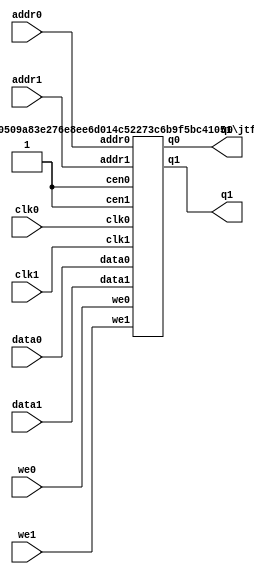
/*  This file is part of JTFRAME.
    JTFRAME program is free software: you can redistribute it and/or modify
    it under the terms of the GNU General Public License as published by
    the Free Software Foundation, either version 3 of the License, or
    (at your option) any later version.

    JTFRAME program is distributed in the hope that it will be useful,
    but WITHOUT ANY WARRANTY; without even the implied warranty of
    MERCHANTABILITY or FITNESS FOR A PARTICULAR PURPOSE.  See the
    GNU General Public License for more details.

    You should have received a copy of the GNU General Public License
    along with JTFRAME.  If not, see <http://www.gnu.org/licenses/>.

    Author: Jose Tejada Gomez. Twitter: @topapate
    Version: 1.0
    Date: 27-10-2017 */

// Generic dual port RAM with clock enable
// parameters:
//      DW      => Data bit width, 8 for byte-based memories
//      AW      => Address bit width, 10 for 1kB
//      SIMFILE => binary file to load during simulation
//      SIMHEXFILE => hexadecimal file to load during simulation
//      SYNFILE => hexadecimal file to load for synthesis

/* verilator lint_off MULTIDRIVEN */

module jtframe_dual_ram #(parameter DW=8, AW=10,
    SIMFILE="", SIMHEXFILE="",
    SYNFILE="",
    ASCII_BIN=0,  // set to 1 to read the ASCII file as binary
    DUMPFILE="dump.hex"
)(
    // Port 0
    input   clk0,
    input   [DW-1:0] data0,
    input   [AW-1:0] addr0,
    input   we0,
    output  [DW-1:0] q0,
    // Port 1
    input   clk1,
    input   [DW-1:0] data1,
    input   [AW-1:0] addr1,
    input   we1,
    output  [DW-1:0] q1
    `ifdef JTFRAME_DUAL_RAM_DUMP
    ,input dump
    `endif
);

    jtframe_dual_ram_cen #(
        .DW         ( DW        ),
        .AW         ( AW        ),
        .SIMFILE    ( SIMFILE   ),
        .SIMHEXFILE ( SIMHEXFILE),
        .SYNFILE    ( SYNFILE   ),
        .ASCII_BIN  ( ASCII_BIN ),
        .DUMPFILE   ( DUMPFILE  )
    ) u_ram (
        .clk0   ( clk0  ),
        .cen0   ( 1'b1  ),
        .clk1   ( clk1  ),
        .cen1   ( 1'b1  ),
        // Port 0
        .data0  ( data0 ),
        .addr0  ( addr0 ),
        .we0    ( we0   ),
        .q0     ( q0    ),
        // Port 1
        .data1  ( data1 ),
        .addr1  ( addr1 ),
        .we1    ( we1   ),
        .q1     ( q1    )
        `ifdef JTFRAME_DUAL_RAM_DUMP
        ,.dump  ( dump  )
        `endif
    );
endmodule



module jtframe_dual_ram_cen #(parameter DW=8, AW=10,
    SIMFILE="", SIMHEXFILE="",
    SYNFILE="",
    ASCII_BIN=0,  // set to 1 to read the ASCII file as binary
    DUMPFILE="dump" // do not add an extension to the name
)(
    input   clk0,
    input   cen0,
    input   clk1,
    input   cen1,
    // Port 0
    input   [DW-1:0] data0,
    input   [AW-1:0] addr0,
    input   we0,
    output [DW-1:0] q0,
    // Port 1
    input   [DW-1:0] data1,
    input   [AW-1:0] addr1,
    input   we1,
    output [DW-1:0] q1
    `ifdef JTFRAME_DUAL_RAM_DUMP
    ,input dump
    `endif
);

`ifdef SIMULATION
localparam SIMULATION=1;
`else
localparam SIMULATION=0;
`endif

`ifdef POCKET
localparam POCKET=1;
`else
localparam POCKET=0;
`endif

// generate
//     if( !SIMULATION && POCKET && AW<13 && DW<=8 ) begin
//             jtframe_pocket_dualram u_pocket_ram(
//                 .address_a( { {AW-13{1'b0}}, addr0} ),
//                 .address_b( { {AW-13{1'b0}}, addr1} ),
//                 .clock_a  ( clk0    ),
//                 .clock_b  ( clk1    ),
//                 .data_a   ( data0   ),
//                 .data_b   ( data1   ),
//                 .enable_a ( cen0    ),
//                 .enable_b ( cen1    ),
//                 .wren_a   ( we0     ),
//                 .wren_b   ( we1     ),
//                 .q_a      ( q0      ),
//                 .q_b      ( q1      )
//             );
//         end else begin
            reg [DW-1:0] qq0, qq1;
            (* ramstyle = "no_rw_check" *) reg [DW-1:0] mem[0:(2**AW)-1];

            assign { q0, q1 } = { qq0, qq1 };

            always @(posedge clk0) if(cen0) begin
                qq0 <= mem[addr0];
                if(we0) mem[addr0] <= data0;
            end

            always @(posedge clk1) if(cen1) begin
                qq1 <= mem[addr1];
                if(we1) mem[addr1] <= data1;
            end

            /* verilator lint_off WIDTH */
            `ifdef SIMULATION
                // Content dump for simulation debugging
                `ifdef JTFRAME_DUAL_RAM_DUMP
                    integer fdump=0, dumpcnt, fcnt=32'h30303030;
                    reg dumpl;



                    always @(posedge clk1) begin
                        dumpl <= dump;
                        if( dump & ~dumpl ) begin
                            $display("INFO: %m contents dumped to %s", DUMPFILE );
                            fdump=$fopen( {DUMPFILE, "_", fcnt[23:0],".hex"},"w");
                            for( dumpcnt=0; dumpcnt<2**AW; dumpcnt=dumpcnt+1 )
                                $fdisplay(fdump,"%0X", mem[dumpcnt]);
                            $fclose(fdump);
                            // increment fcnt
                            fcnt[7:0] <= fcnt[7:0]==8'h39 ? 8'h30 : fcnt[7:0]+1'd1;
                            if( fcnt[7:0]==8'h39 ) begin
                                fcnt[15-:8] <= fcnt[15-:8]==8'h39 ? 8'h30 : fcnt[15-:8]+1'd1;
                                if( fcnt[15-:8]==8'h39 ) begin
                                    fcnt[23-:8] <= fcnt[23-:8]==8'h39 ? 8'h30 : fcnt[23-:8]+1'd1;
                                end
                            end
                        end
                    end
                `endif

                integer f, readcnt;
                initial begin
                    for( f=0; f<(2**AW)-1;f=f+1) begin
                        mem[f] = 0;
                    end
                    if( SIMFILE != "" ) begin
                        f=$fopen(SIMFILE,"rb");
                        if( f != 0 ) begin
                            readcnt=$fread( mem, f );
                            $display("-%-12s (%4d bytes) %m",
                                SIMFILE, readcnt);
                            if( readcnt != 2**AW && readcnt!=0)
                                $display("\tthe memory was not filled by the file data");
                            $fclose(f);
                        end else begin
                            f=$fopen(SIMFILE,"wb");
                            if( f!=0 ) begin
                                for( readcnt=0; readcnt<(2**AW)-1; readcnt=readcnt+2) begin
                                    $fwrite(f,"%u",32'hffff);
                                end
                                $fclose(f);
                                $display("Blank %s created",SIMFILE);
                            end else begin
                                $display("WARNING: %m cannot open file: %s", SIMFILE);
                            end
                        end
                        end
                    else begin
                        if( SIMHEXFILE != "" ) begin
                            $readmemh(SIMHEXFILE,mem);
                            $display("INFO: Read %14s (hex) for %m", SIMHEXFILE);
                        end else begin
                            if( SYNFILE!= "" ) begin
                                if( ASCII_BIN==1 )
                                    $readmemb(SYNFILE,mem);
                                else
                                    $readmemh(SYNFILE,mem);
                                $display("INFO: Read %14s (hex) for %m", SYNFILE);
                            end else
                                for( readcnt=0; readcnt<2**AW; readcnt=readcnt+1 )
                                    mem[readcnt] = {DW{1'b0}};
                        end
                    end
                end
            `else
                // file for synthesis:
                initial if(SYNFILE!="" ) begin
                    if( ASCII_BIN==1 )
                        $readmemb(SYNFILE,mem);
                    else
                        $readmemh(SYNFILE,mem);
                end
            `endif
//         end
// endgenerate

/* verilator lint_on WIDTH */
endmodule
/* verilator lint_on MULTIDRIVEN */